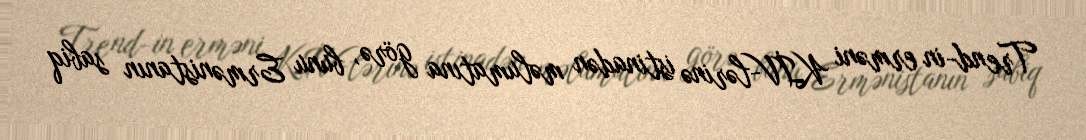
Trend-in erməni KİV-lərinə istinadən məlumatına görə, bunu Ermənistanın sabiq